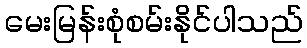
မေးမြန်းစုံစမ်းနိုင်ပါသည်